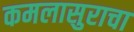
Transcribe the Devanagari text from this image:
कमलासुराचा